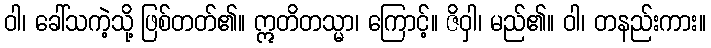
ဝါ၊ ခေါ်သကဲ့သို့ ဖြစ်တတ်၏။ ဣတိတသ္မာ၊ ကြောင့်။ ဇိဝှါ၊ မည်၏။ ဝါ၊ တနည်းကား။